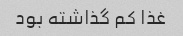
غذا کم گذاشته بود